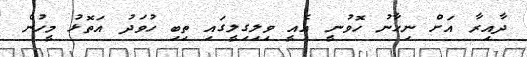
ދާއިރާ އަށް ނިހާނު ހޮވުނީ އެއީ ވިލިގިލީގައި ތިބި ހުވަދު އަތޮޅު މީހުން